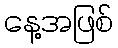
နေ့အဖြစ်